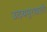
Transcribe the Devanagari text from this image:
उदयपुरवाली